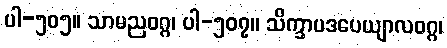
ပါ-၅၀၅။ သာမညဝဂ္ဂ၊ ပါ-၅၀၇။ သိက္ခာပဒပေယျာလဝဂ္ဂ၊